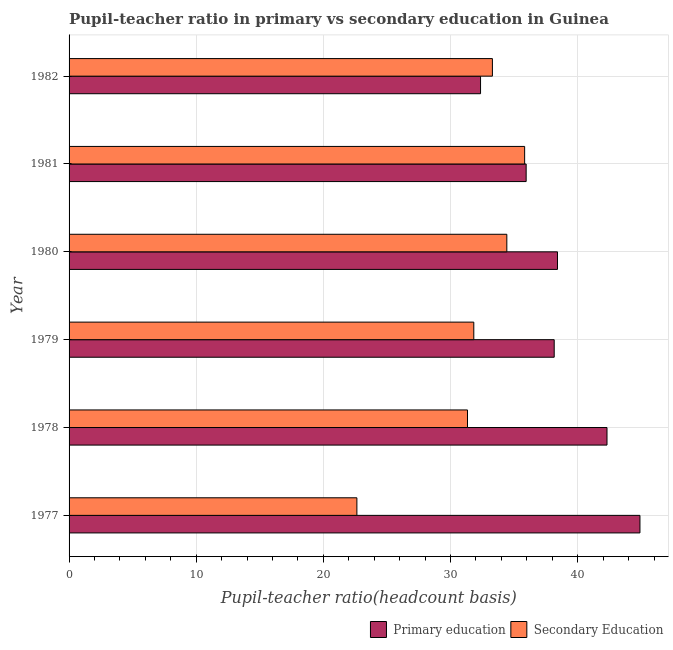
| Year | Primary education | Secondary Education |
 | --- | --- | --- |
 | 1977 | 44.9 | 22.6 |
 | 1978 | 42.3 | 31.3 |
 | 1979 | 38.2 | 31.8 |
 | 1980 | 38.4 | 34.4 |
 | 1981 | 35.9 | 35.8 |
 | 1982 | 32.4 | 33.3 |